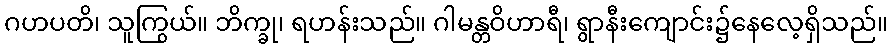
ဂဟပတိ၊ သူကြွယ်။ ဘိက္ခု၊ ရဟန်းသည်။ ဂါမန္တဝိဟာရီ၊ ရွာနီးကျောင်း၌နေလေ့ရှိသည်။